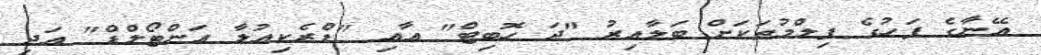
އޭނާގެ ފަހުގެ ފިލްމުތަކަށް ބަލާއިރު "ދަ ހޮބިޓް" އާއި "ޑްރެކިއުލާ އަންޓޯލްޑް" އަދި